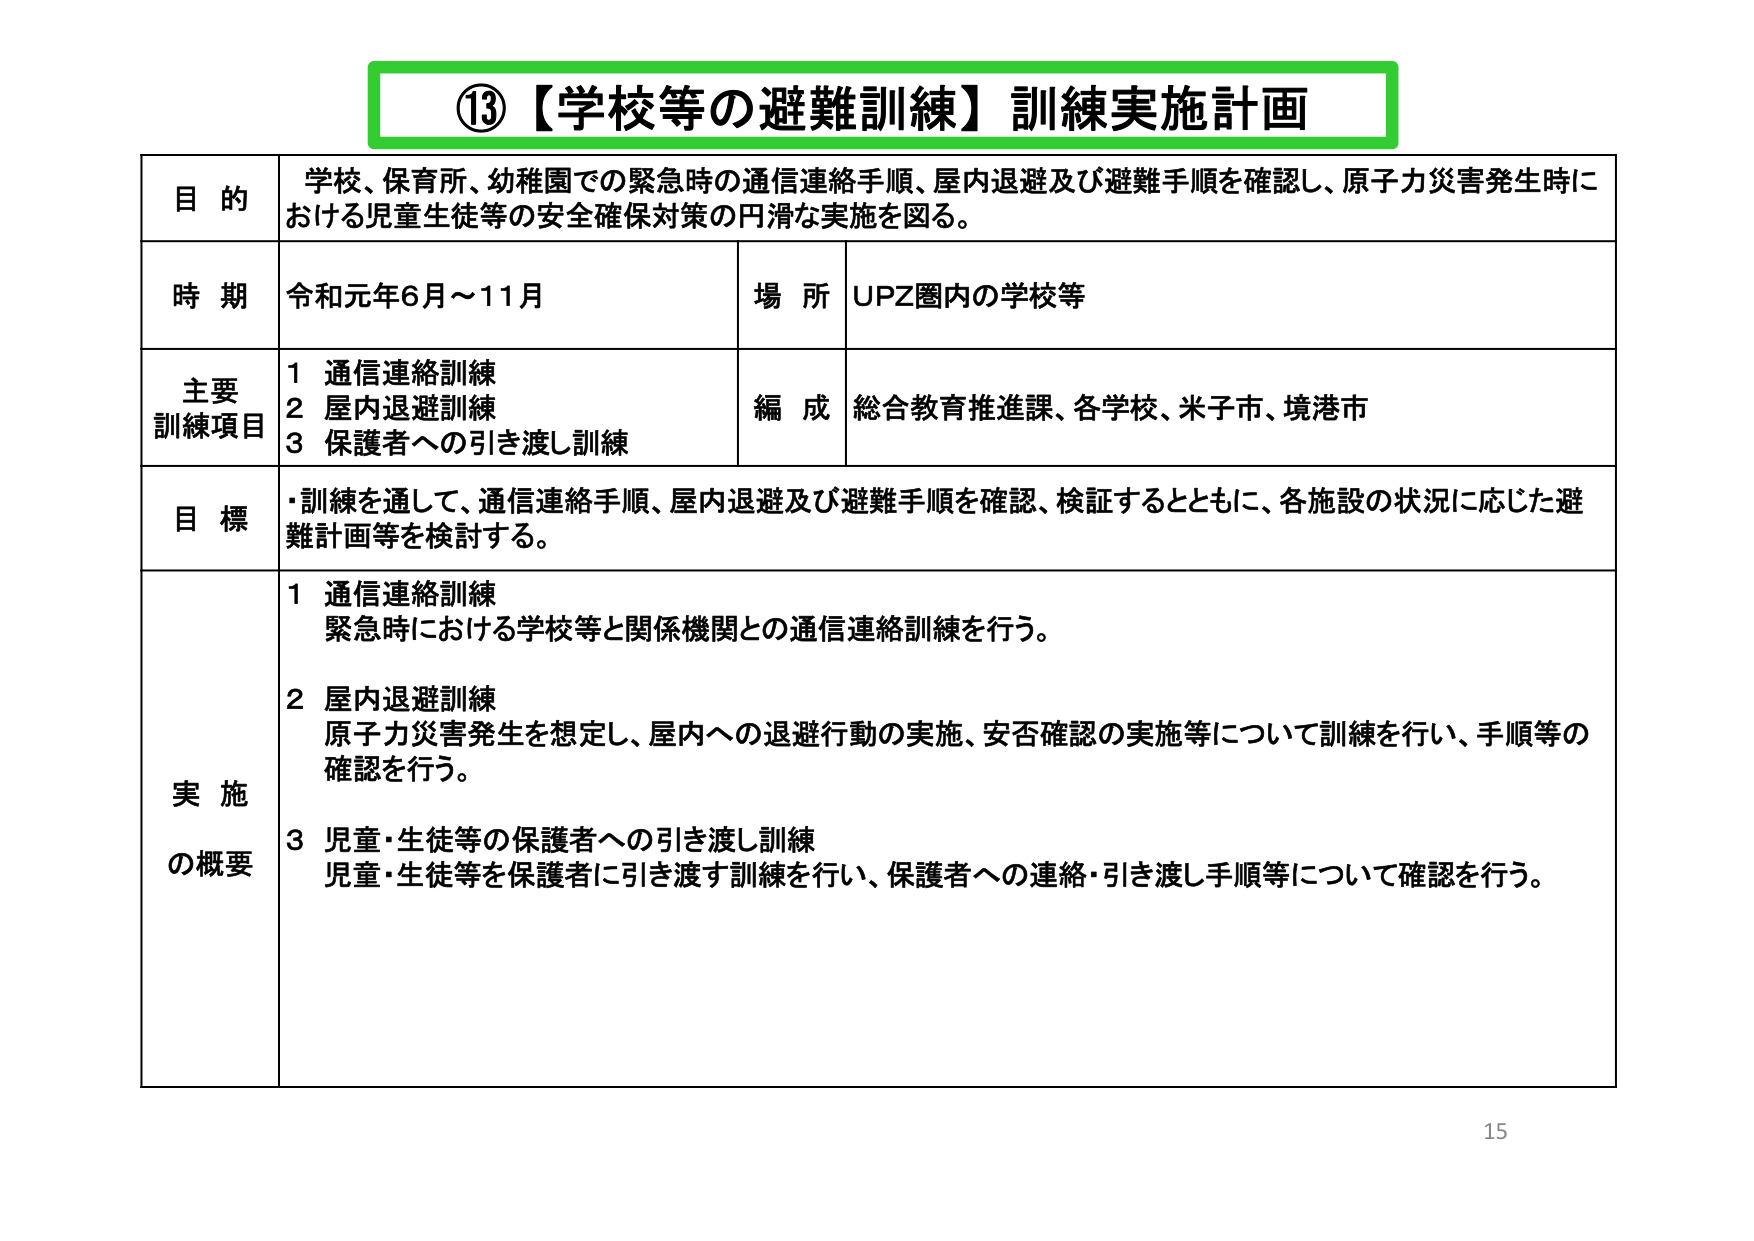
⑬【学校等の避難訓練】訓練実施計画

目的
学校、保育所、幼稚園での緊急時の通信連絡手順、屋内退避及び避難手順を確認し、原子力災害発生時における児童生徒等の安全確保対策の円滑な実施を図る。

時期
令和元年6月～11月

場所
UPZ圏内の学校等

主要訓練項目
1 通信連絡訓練
2 屋内退避訓練
3 保護者への引き渡し訓練

編成
総合教育推進課、各学校、米子市、境港市

目標
・訓練を通して、通信連絡手順、屋内退避及び避難手順を確認、検証するとともに、各施設の状況に応じた避難計画等を検討する。

実施の概要
1 通信連絡訓練
緊急時における学校等と関係機関との通信連絡訓練を行う。

2 屋内退避訓練
原子力災害発生を想定し、屋内への退避行動の実施、安否確認の実施等について訓練を行い、手順等の確認を行う。

3 児童・生徒等の保護者への引き渡し訓練
児童・生徒等を保護者に引き渡す訓練を行い、保護者への連絡・引き渡し手順等について確認を行う。

15